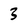
Character: 3